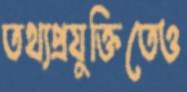
তথ্যপ্রযুক্তিতেও